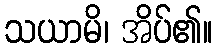
သယာမိ၊ အိပ်၏။